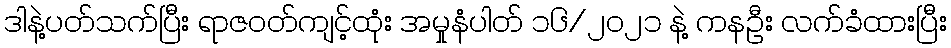
ဒါနဲ့ပတ်သက်ပြီး ရာဇဝတ်ကျင့်ထုံး အမှုနံပါတ် ၁၆/၂၀၂၁ နဲ့ ကနဦး လက်ခံထားပြီး